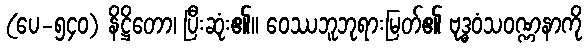
(ပေ-၅၄၀) နိဋ္ဌိတော၊ ပြီးဆုံး၏။ ဝေဿဘူဘုရားမြတ်၏ ဗုဒ္ဓဝံသဝဏ္ဏနာကို